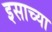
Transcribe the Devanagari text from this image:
इसाच्या